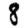
Digit: 8